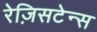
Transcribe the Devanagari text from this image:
रेज़िसटेन्स